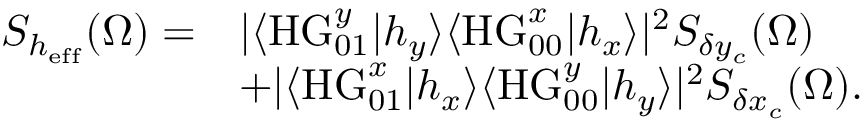
\begin{array} { r l } { S _ { h _ { \mathrm { e f f } } } ( \Omega ) = } & { | \langle \mathrm { H G } _ { 0 1 } ^ { y } | h _ { y } \rangle \langle \mathrm { H G } _ { 0 0 } ^ { x } | h _ { x } \rangle | ^ { 2 } S _ { \delta y _ { c } } ( \Omega ) } \\ & { + | \langle \mathrm { H G } _ { 0 1 } ^ { x } | h _ { x } \rangle \langle \mathrm { H G } _ { 0 0 } ^ { y } | h _ { y } \rangle | ^ { 2 } S _ { \delta x _ { c } } ( \Omega ) . } \end{array}